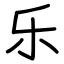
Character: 乐